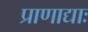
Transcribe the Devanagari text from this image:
प्राणाद्याः